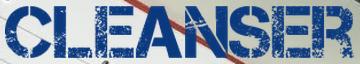
CLEANSER